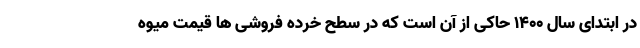
در ابتدای سال ۱۴۰۰ حاکی از آن است که در سطح خرده فروشی ها قیمت میوه